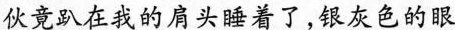
伙竟趴在我的肩头睡着了，银灰色的眼